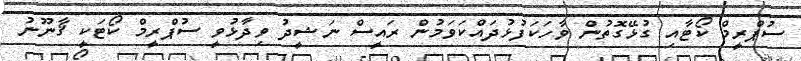
ސުޕްރީމް ކޯޓާއި ގުޅޭގޮތުން ވާހަކަފުޅުދައްކަވަމުން ރައީސް ނަޝީދު ވިދާޅުވީ ސުޕްރީމް ކޯޓަކީ ޤާނޫނު